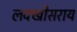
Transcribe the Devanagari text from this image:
लक्खीसराय